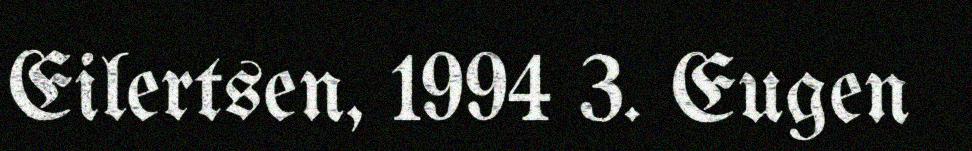
Eilertsen, 1994 3. Eugen